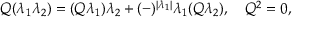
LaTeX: Q ( \lambda _ { 1 } \lambda _ { 2 } ) = ( Q \lambda _ { 1 } ) \lambda _ { 2 } + ( - ) ^ { | \lambda _ { 1 } | } \lambda _ { 1 } ( Q \lambda _ { 2 } ) , \quad Q ^ { 2 } = 0 ,